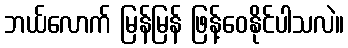
ဘယ်လောက် မြန်မြန် ဖြန့်ဝေနိုင်ပါသလဲ။